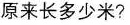
原来长多少米?